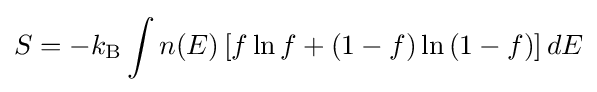
S=-k_{\rm {B}}\int n(E)\left[f\ln f+(1-f)\ln \left(1-f\right)\right]dE